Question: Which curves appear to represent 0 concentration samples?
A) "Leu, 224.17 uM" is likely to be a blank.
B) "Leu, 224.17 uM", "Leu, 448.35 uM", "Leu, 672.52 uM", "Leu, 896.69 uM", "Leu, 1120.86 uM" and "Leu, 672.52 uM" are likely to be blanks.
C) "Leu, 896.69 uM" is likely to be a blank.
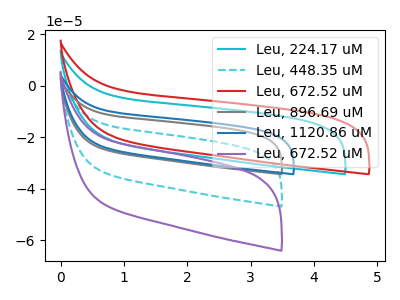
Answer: <think>The cyan curve "Leu, 224.17 uM" has no peaks. The cyan dashed curve "Leu, 448.35 uM" has no peaks. The red curve "Leu, 672.52 uM" has no peaks. The gray curve "Leu, 896.69 uM" has no peaks. The blue curve "Leu, 1120.86 uM" has no peaks. The purple curve "Leu, 672.52 uM" has no peaks.</think>
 <answer>B) "Leu, 224.17 uM", "Leu, 448.35 uM", "Leu, 672.52 uM", "Leu, 896.69 uM", "Leu, 1120.86 uM" and "Leu, 672.52 uM" are likely to be blanks.</answer>
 <eval>B</eval>